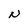
Character: N